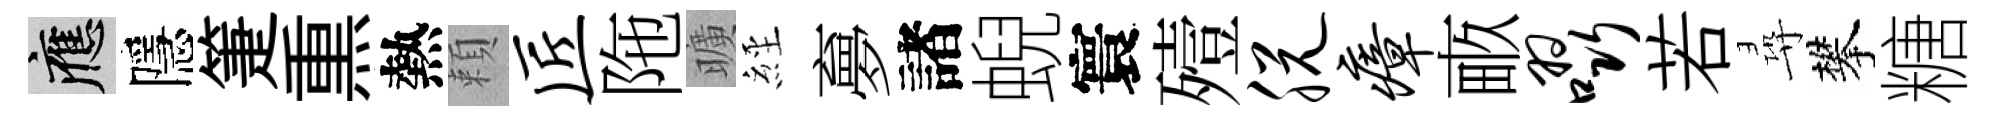
應隱箑𤋱熱頼匠陁曠𦀇夣諸蜺寰殪脱瘴畞啜若尋攀糖